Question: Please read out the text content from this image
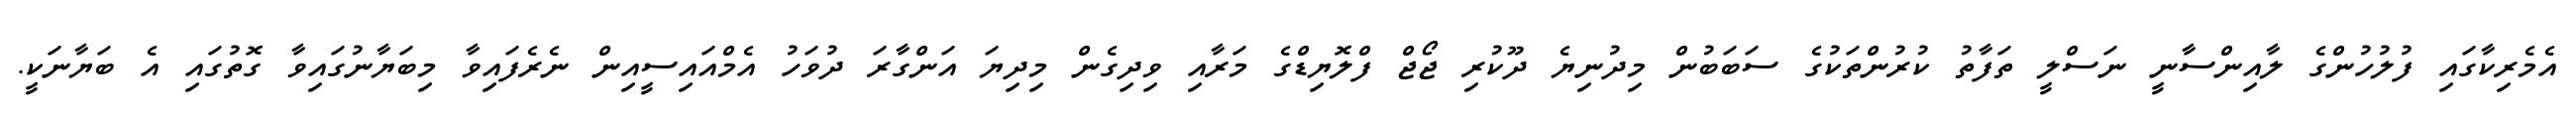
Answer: އެމެރިކާގައި ފުލުހުންގެ ލާއިންސާނީ ނަސްލީ ތަފާތު ކުރުންތަކުގެ ސަބަބުން މިދުނިޔެ ދޫކުރި ޖޯޖް ފްލޮޔިޑްގެ މަރާއި ވިދިގެން މިދިޔަ އަންގާރަ ދުވަހު އެމްއައިސީއިން ނެރެފައިވާ މިބަޔާނުގައިވާ ގޮތުގައި އެ ބަޔާނަކީ.